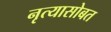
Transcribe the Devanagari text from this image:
नृत्यासोबत